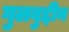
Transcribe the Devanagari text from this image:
गुलबुद्दीन